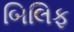
બિલિફ